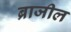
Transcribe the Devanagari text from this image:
ब्राजील